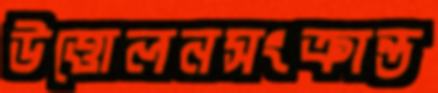
উত্তোলনসংক্রান্ত